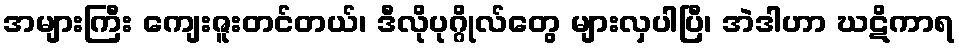
အများကြီး ကျေးဇူးတင်တယ်၊ ဒီလိုပုဂ္ဂိုလ်တွေ များလှပါပြီ၊ အဲဒါဟာ ဃဋိကာရ